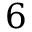
6